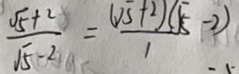
\frac { \sqrt { 5 } + 2 } { \sqrt { 5 } - 2 } = \frac { ( \sqrt { 5 } + 2 ) ( \sqrt { 5 } - 2 ) } { 1 }